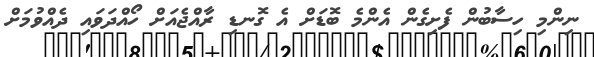
ނިންމި ހިސާބުން ފެށިގެން އެންމެ ބޮޑަށް އެ ގޮނޑި ރާއްޖެއަށް ހޯއްދަވައި ދެއްވުމަށް